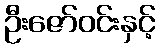
ဦးဇော်ဝင်းနှင့်